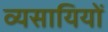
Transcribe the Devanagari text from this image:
व्यसायियों